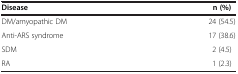
| Disease | n (%) |
 | --- | --- |
 | DM/amyopathic DM | 24 (54.5) |
 | Anti-ARS syndrome | 17 (38.6) |
 | SDM | 2 (4.5) |
 | RA | 1 (2.3) |